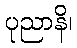
ပုညာနိ၊